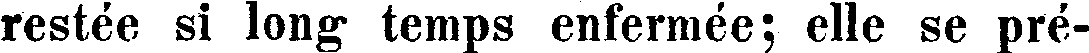
restée si long temps enfermée; elle se pré-